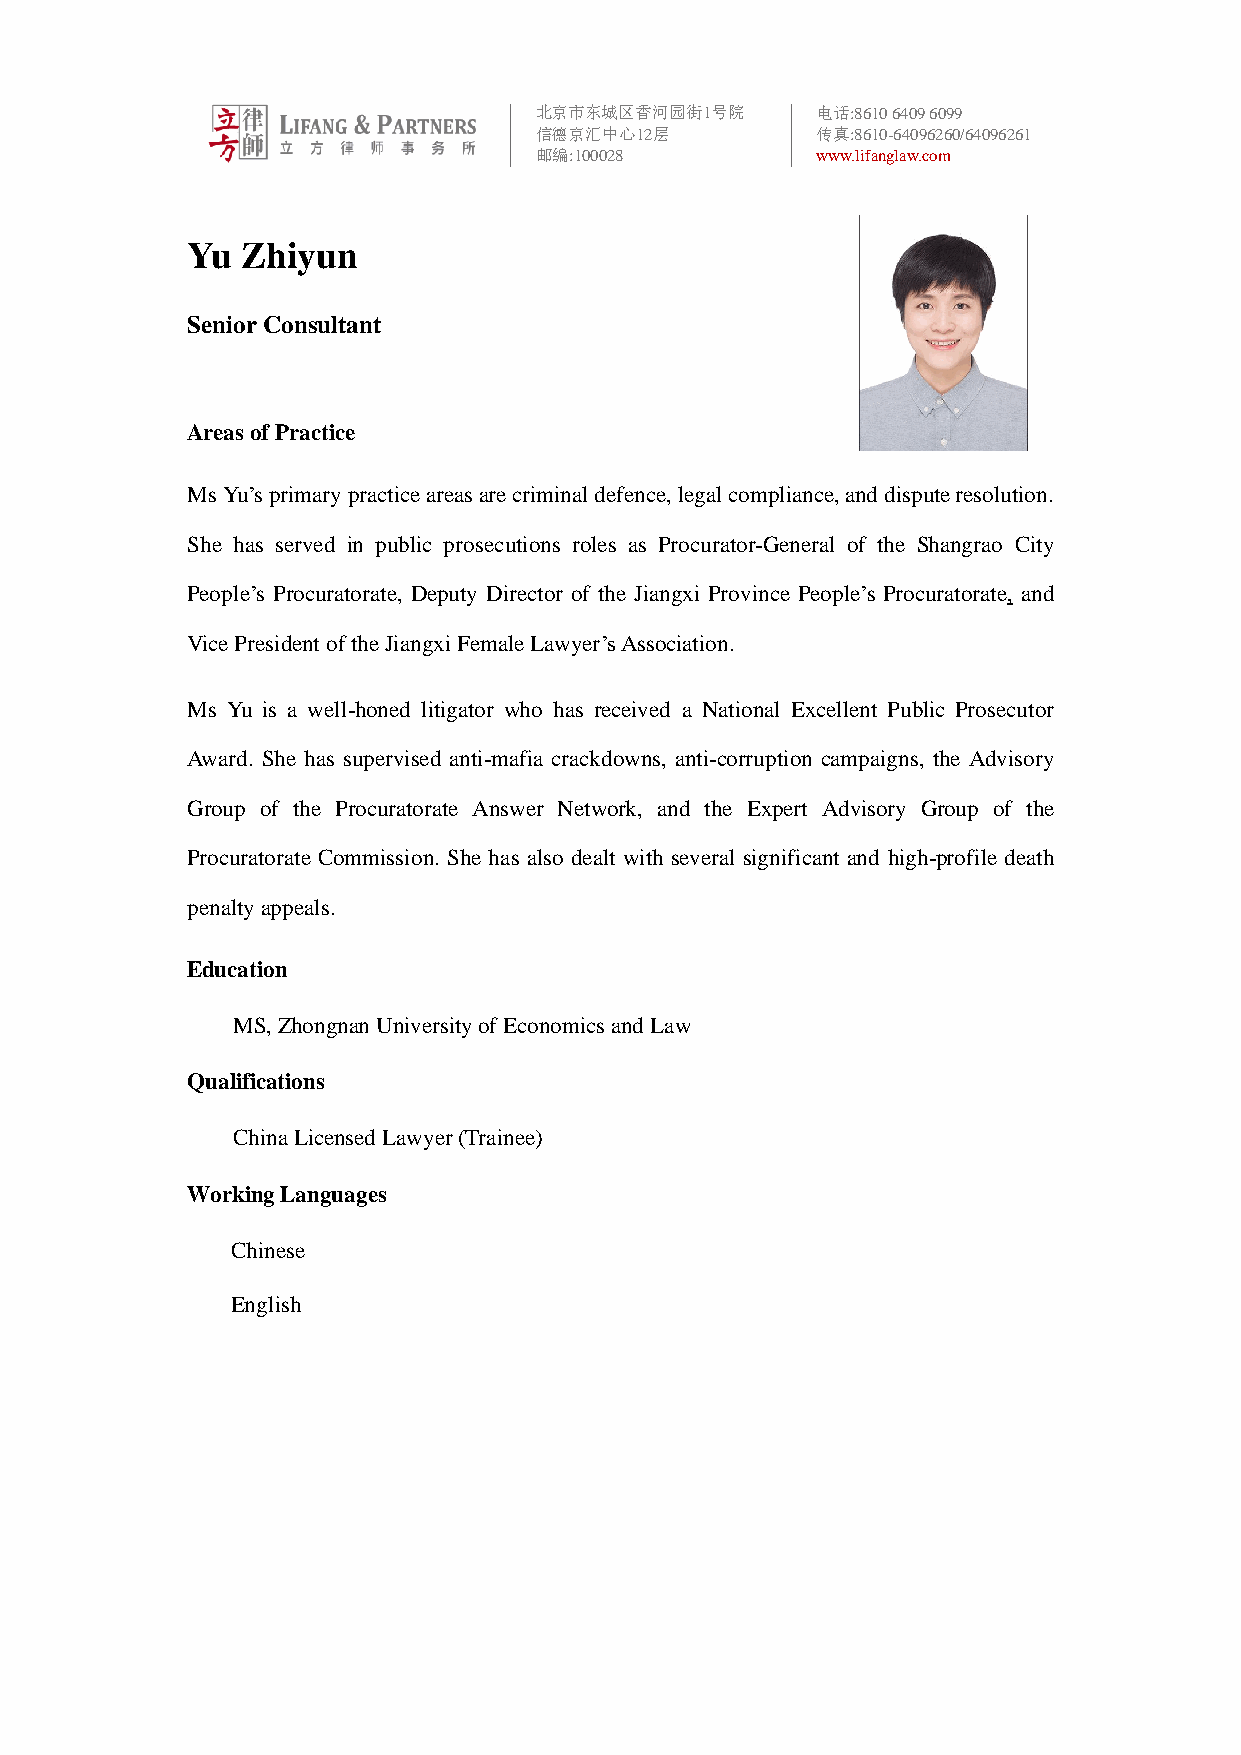
北京市东城区香河园街1号院      电话:8610 6409 6099
 信德京汇中心12层          传真:8610-64096260/64096261
 邮编:100028          www.lifanglaw.com
 Yu  Zhiyun
 Senior Consultant
 Areas of Practice
 Ms Yu’s primary practice areas are criminal defence, legal compliance, and dispute resolution.
 She has served in public prosecutions roles as Procurator-General of the Shangrao City
 People’s Procuratorate, Deputy Director of the Jiangxi Province People’s Procuratorate, and
 Vice President of the Jiangxi Female Lawyer’s Association.
 Ms Yu is a well-honed litigator who has received a National Excellent Public Prosecutor
 Award. She has supervised anti-mafia crackdowns, anti-corruption campaigns, the Advisory
 Group of the Procuratorate Answer Network, and the Expert Advisory Group of the
 Procuratorate Commission. She has also dealt with several significant and high-profile death
 penalty appeals.
 Education
 MS, Zhongnan University of Economics and Law
 Qualifications
 China Licensed Lawyer (Trainee)
 Working Languages
 Chinese
 English